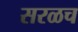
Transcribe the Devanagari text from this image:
सरळच